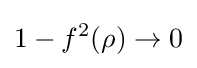
1-f^{2}(\rho )\to 0